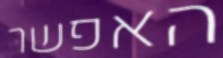
האפשר